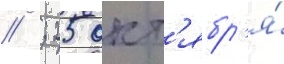
// ; 25 окт'ябр'я́